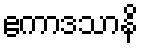
ဧကာဒသာနိ